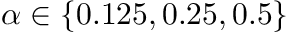
\alpha \in \{ 0 . 1 2 5 , 0 . 2 5 , 0 . 5 \}